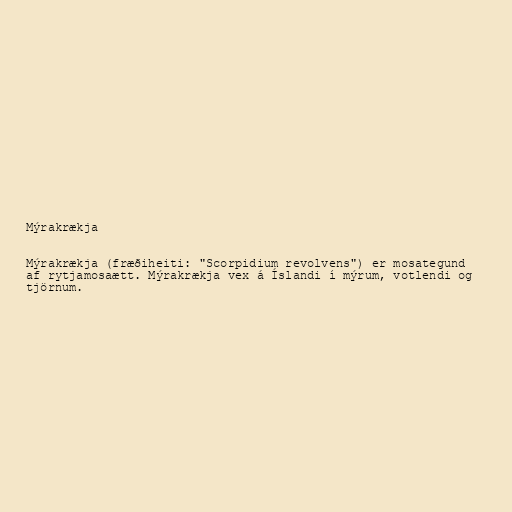
Mýrakrækja

Mýrakrækja (fræðiheiti: "Scorpidium revolvens") er mosategund
af rytjamosaætt. Mýrakrækja vex á Íslandi í mýrum, votlendi og
tjörnum.